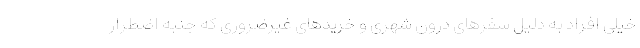
خیلی افراد به دلیل سفرهای درون شهری و خریدهای غیرضروری که جنبه اضطرار